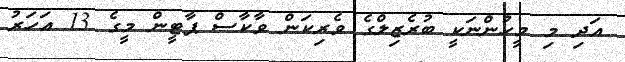
އަދި މި މީހުންނަކީ ބުރެޒިލްގެ ވެރިކަން ވާކާސް ޕާޓީން މީގެ 13 އަހަރު